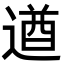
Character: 遒